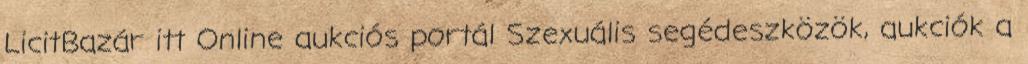
LicitBazár itt Online aukciós portál Szexuális segédeszközök, aukciók a